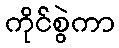
ကိုင်စွဲကာ